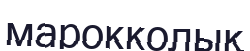
марокколық